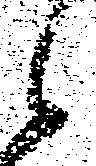
候